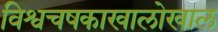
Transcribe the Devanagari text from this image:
विश्वचषकाखालोखाल